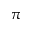
\pi